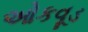
ઓકવૂડ